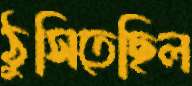
ঠুসিতেছিল